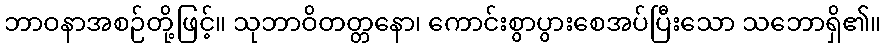
ဘာဝနာအစဉ်တို့ဖြင့်။ သုဘာဝိတတ္တနော၊ ကောင်းစွာပွားစေအပ်ပြီးသော သဘောရှိ၏။